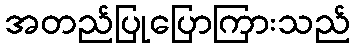
အတည်ပြုပြောကြားသည်